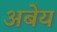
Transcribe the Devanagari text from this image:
अबेय